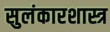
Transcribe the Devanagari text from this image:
सुलंकारशास्त्र